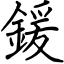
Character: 鍰